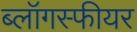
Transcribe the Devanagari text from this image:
ब्लॉगस्फीयर